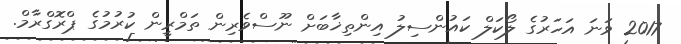
2017 ވަނަ އަހަރުގެ ލޯކަލް ކައުންސިލު އިންތިޚާބަށް ނޫސްވެރިން ތަމްރީން ކުރުމުގެ ޕްރޮގްރާމް.